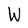
Character: W